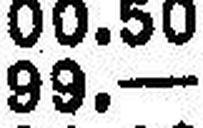
99.—